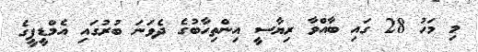
މި މަހު 28 ގައި ބާއްވާ ރިޔާސީ އިންތިހާބުގެ ދެވަނަ ބުރުގައި އެމްޑީޕީގެ